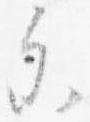
参